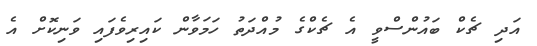
އަދި ޗެކް ބައުންސްވީ އެ ޗެކްގެ މުއްދަތު ހަމަވާން ކައިރިވެފައި ވަނިކޮށް އެ